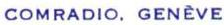
COMRADIO. GENÈVE